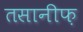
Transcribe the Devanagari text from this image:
तसानीफ़